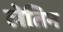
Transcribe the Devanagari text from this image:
लेतिन